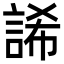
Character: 䛥